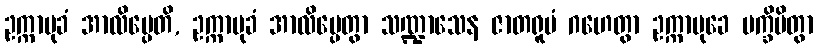
ဥက္ကာမုခံ အာလိမ္ပေတိ, ဥက္ကာမုခံ အာလိမ္ပေတွာ သဏ္ဍာသေန ဇာတရူပံ ဂဟေတွာ ဥက္ကာမုခေ ပက္ခိပိတွာ